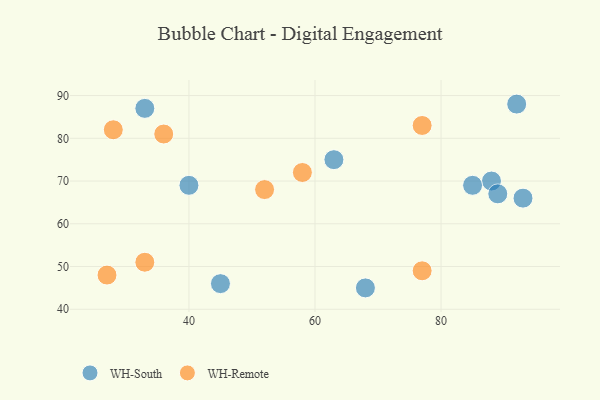
{"axis": {"x": "GDP", "y": "Life Expectancy"}, "legend": ["WH-Remote", "WH-South"], "data": [{"x": "45", "y": 46, "type": "WH-South"}, {"x": "88", "y": 70, "type": "WH-South"}, {"x": "68", "y": 45, "type": "WH-South"}, {"x": "63", "y": 75, "type": "WH-South"}, {"x": "40", "y": 69, "type": "WH-South"}, {"x": "92", "y": 88, "type": "WH-South"}, {"x": "33", "y": 87, "type": "WH-South"}, {"x": "93", "y": 66, "type": "WH-South"}, {"x": "89", "y": 67, "type": "WH-South"}, {"x": "85", "y": 69, "type": "WH-South"}, {"x": "27", "y": 48, "type": "WH-Remote"}, {"x": "58", "y": 72, "type": "WH-Remote"}, {"x": "36", "y": 81, "type": "WH-Remote"}, {"x": "52", "y": 68, "type": "WH-Remote"}, {"x": "33", "y": 51, "type": "WH-Remote"}, {"x": "77", "y": 83, "type": "WH-Remote"}, {"x": "28", "y": 82, "type": "WH-Remote"}, {"x": "77", "y": 49, "type": "WH-Remote"}]}